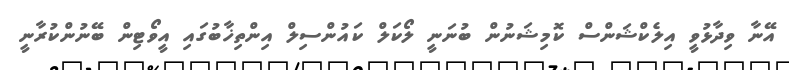
އޭނާ ވިދާޅުވީ އިލެކްޝަންސް ކޮމިޝަނުން ބުނަނީ ލޯކަލް ކައުންސިލް އިންތިޚާބުގައި އީވޯޓިން ބޭނުންކުރާނީ